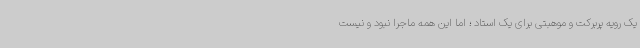
یک رویه پربرکت و موهبتی برای یک استاد ؛ اما این همه ماجرا نبود و نیست